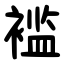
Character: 褴